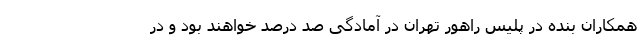
همکاران بنده در پلیس راهور تهران در آمادگی صد درصد خواهند بود و در